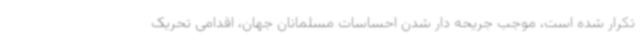
تکرار شده است، موجب جریحه دار شدن احساسات مسلمانان جهان، اقدامی تحریک